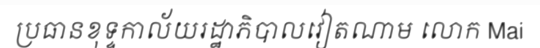
ប្រធានខុទ្ទកាល័យរដ្ឋាភិបាលវៀតណាម លោក Mai